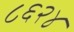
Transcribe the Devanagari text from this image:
८६२४